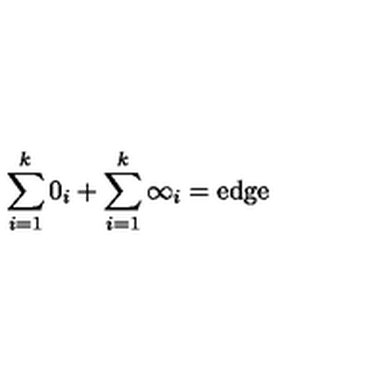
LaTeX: \sum _ { i = 1 } ^ { k } 0 _ { i } + \sum _ { i = 1 } ^ { k } \infty _ { i } = \mathrm { e d g e }